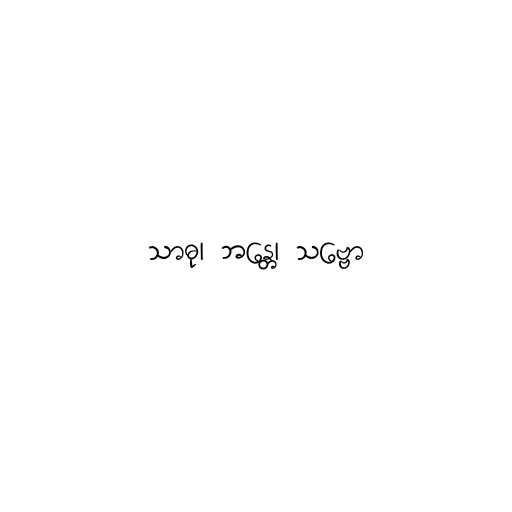
သာဓု၊ ဘန္တေ၊ သဗ္ဗော